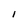
Character: I